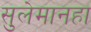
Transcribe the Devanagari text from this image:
सुलेमानहा